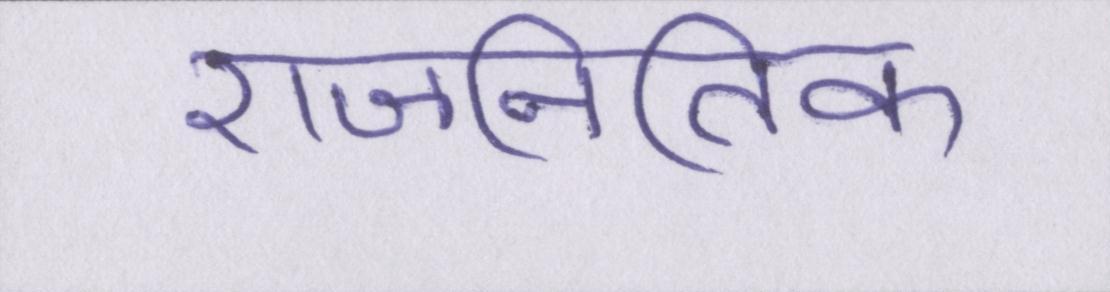
राजनितिक